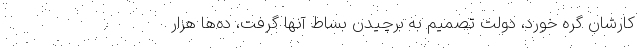
کارشان گره خورد، دولت تصمیم به برچیدن بساط آنها گرفت، ده‌ها هزار